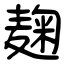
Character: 麹